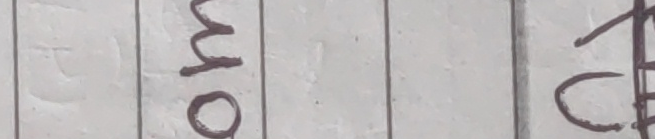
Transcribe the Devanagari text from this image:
ओम ट८